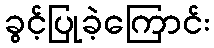
ခွင့်ပြုခဲ့ကြောင်း